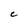
Character: C